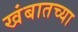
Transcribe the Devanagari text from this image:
खंबातच्या